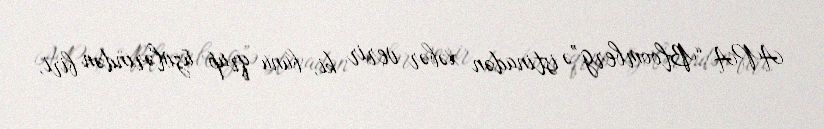
APA “Bloomberg”ə istinadən xəbər verir ki, bunu qrup üzvlərindən biri,